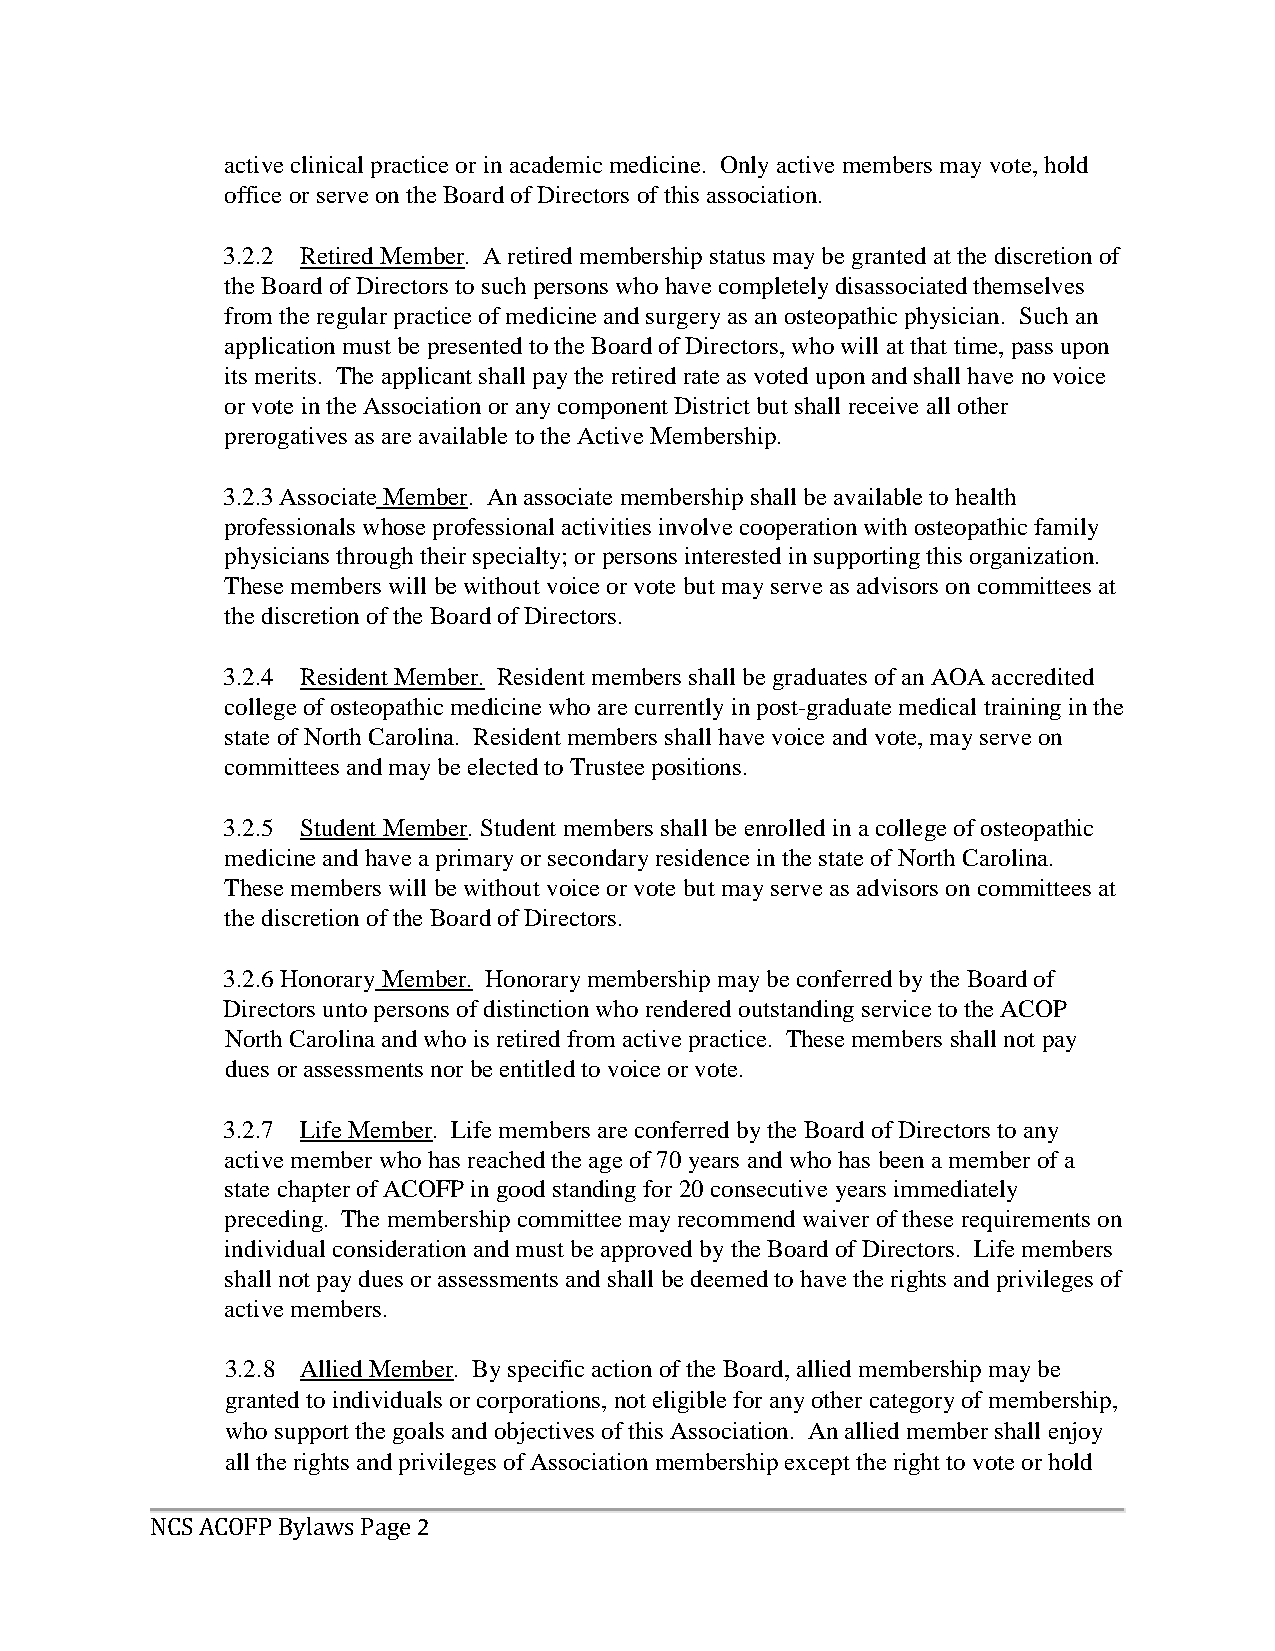
active clinical practice or in academic medicine. Only active members may vote, hold
 office or serve on the Board of Directors of this association.
 3.2.2 Retired Member. A retired membership status may be granted at the discretion of
 the Board of Directors to such persons who have completely disassociated themselves
 from the regular practice of medicine and surgery as an osteopathic physician. Such an
 application must be presented to the Board of Directors, who will at that time, pass upon
 its merits. The applicant shall pay the retired rate as voted upon and shall have no voice
 or vote in the Association or any component District but shall receive all other
 prerogatives as are available to the Active Membership.
 3.2.3 Associate Member. An associate membership shall be available to health
 professionals whose professional activities involve cooperation with osteopathic family
 physicians through their specialty; or persons interested in supporting this organization.
 These members will be without voice or vote but may serve as advisors on committees at
 the discretion of the Board of Directors.
 3.2.4 Resident Member. Resident members shall be graduates of an AOA accredited
 college of osteopathic medicine who are currently in post-graduate medical training in the
 state of North Carolina. Resident members shall have voice and vote, may serve on
 committees and may be elected to Trustee positions.
 3.2.5 Student Member. Student members shall be enrolled in a college of osteopathic
 medicine and have a primary or secondary residence in the state of North Carolina.
 These members will be without voice or vote but may serve as advisors on committees at
 the discretion of the Board of Directors.
 3.2.6 Honorary Member. Honorary membership may be conferred by the Board of
 Directors unto persons of distinction who rendered outstanding service to the ACOP
 North Carolina and who is retired from active practice. These members shall not pay
 dues or assessments nor be entitled to voice or vote.
 3.2.7 Life Member. Life members are conferred by the Board of Directors to any
 active member who has reached the age of 70 years and who has been a member of a
 state chapter of ACOFP in good standing for 20 consecutive years immediately
 preceding. The membership committee may recommend waiver of these requirements on
 individual consideration and must be approved by the Board of Directors. Life members
 shall not pay dues or assessments and shall be deemed to have the rights and privileges of
 active members.
 3.2.8 Allied Member. By specific action of the Board, allied membership may be
 granted to individuals or corporations, not eligible for any other category of membership,
 who support the goals and objectives of this Association. An allied member shall enjoy
 all the rights and privileges of Association membership except the right to vote or hold
 2
 NCS ACOFP Bylaws Page